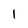
Character: l